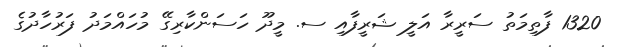
1320 ފާތިމަތު ސަރީރާ އަލީ ޝަރީފާއި ސ. މީދޫ ހަސަންކާރިގޭ މުހައްމަދު ފަރުހާދުގެ